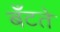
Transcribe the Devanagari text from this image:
बँटते